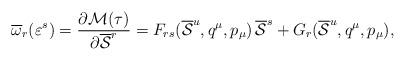
LaTeX: \begin{align*}\overline{\omega}_r(\varepsilon^s) = {{\partial {\cal M}(\tau )}\over {\partial \overline{\cal S}^r}} = F_{rs}(\overline{\cal S}^u, q^{\mu}, p_{\mu})\, \overline{\cal S}^s + G_r(\overline{\cal S}^u, q^{\mu}, p_{\mu}), \end{align*}